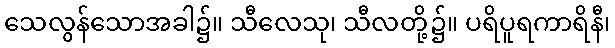
သေလွန်သောအခါ၌။ သီလေသု၊ သီလတို့၌။ ပရိပူရကာရိနီ၊